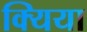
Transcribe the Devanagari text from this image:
क्यिया